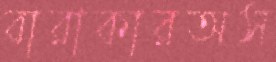
বারাকারঅস